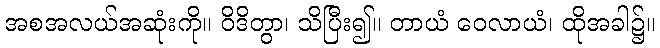
အစအလယ်အဆုံးကို။ ဝိဒိတွာ၊ သိပြီး၍။ တာယံ ဝေလာယံ၊ ထိုအခါ၌။